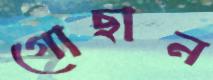
গোছান